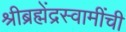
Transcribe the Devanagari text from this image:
श्रीब्रह्मेंद्रस्वामींची